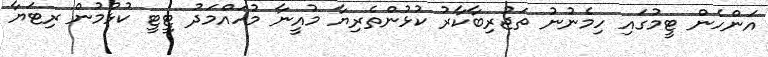
އަންހެން ޓީމުގައި ހިމެނުނު ތަޖުރިބާކާރު ކުޅުންތެރިޔާ މުއީނާ މުހައްމަދު ޓީޓީ ކުޅުމުން ރިޓަޔާ